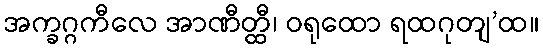
အက္ခဂ္ဂကီလေ အာဏီတ္ထီ၊ ဝရုထော ရထဂုတျ’ထ။